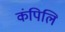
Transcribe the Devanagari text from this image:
कंपिलि